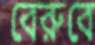
বেরুবে